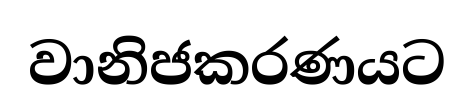
වානිජකරණයට